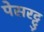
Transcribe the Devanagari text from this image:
पेसरट्टु